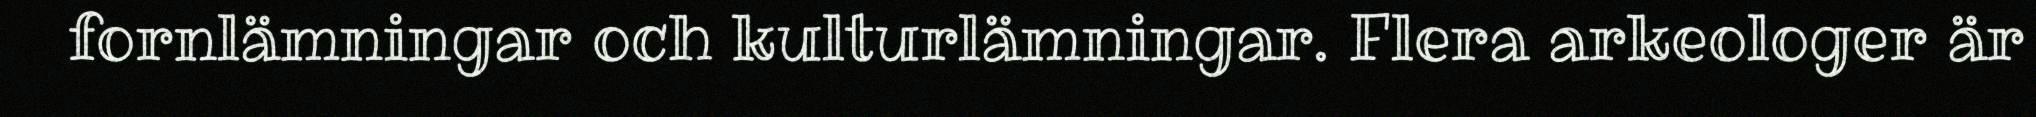
fornlämningar och kulturlämningar. Flera arkeologer är